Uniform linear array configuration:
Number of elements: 12
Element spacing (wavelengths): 0.5
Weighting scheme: exponential
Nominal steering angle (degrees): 15
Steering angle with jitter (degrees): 15.03
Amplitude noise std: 0.05
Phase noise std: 0.05

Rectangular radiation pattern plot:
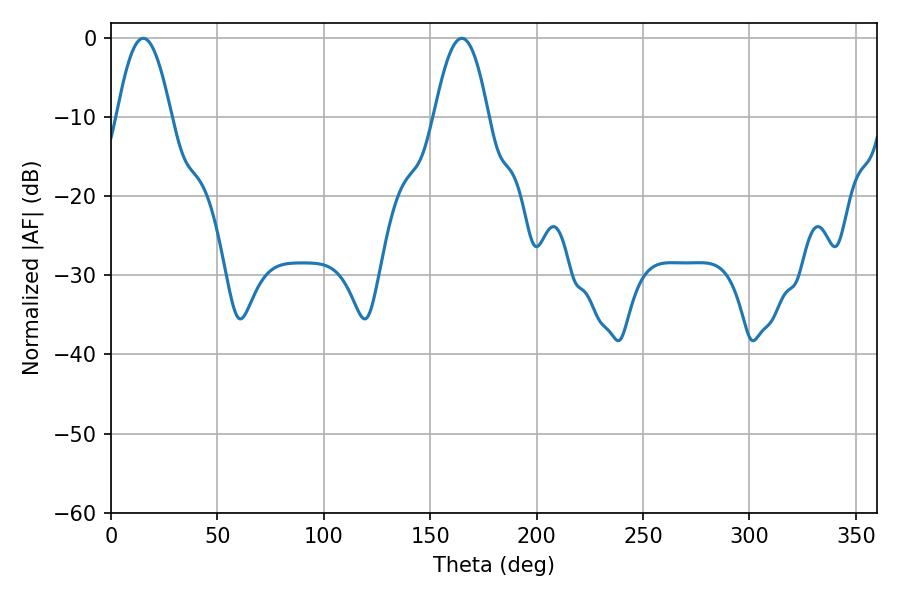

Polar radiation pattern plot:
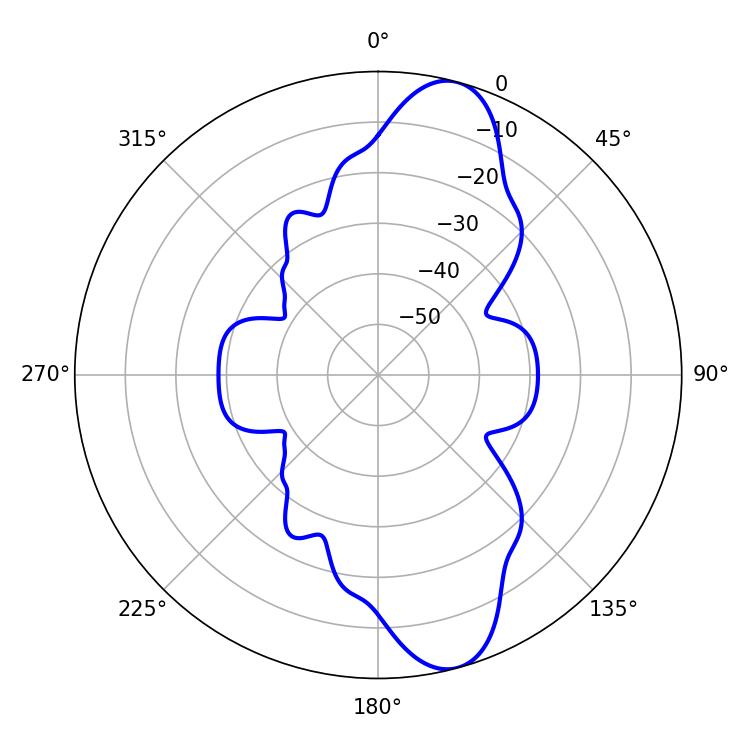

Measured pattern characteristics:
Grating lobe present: FALSE
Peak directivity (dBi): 11.438
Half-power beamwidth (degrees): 13.86
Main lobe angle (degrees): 15.12